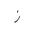
Letter: _zay